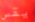
يقص